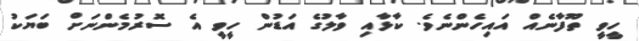
ހީވީ ތޫފާނެއް އައިހެންނެވެ. ކާޅާއި ވާލުގެ އަޑުން ހީވީ އެ ސޮރުމެންނަށް ބަޔަކު